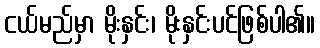
ငယ်မည်မှာ မိုးနှင်း၊ မိုးနှင်းပင်ဖြစ်ပါ၏။